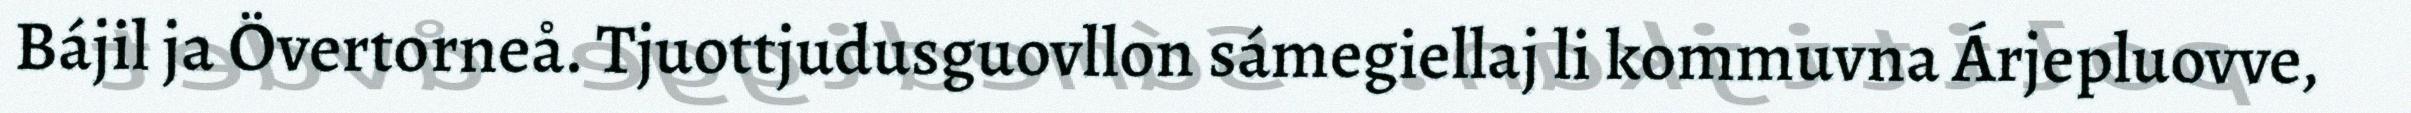
Bájil ja Övertorneå. Tjuottjudusguovllon sámegiellaj li kommuvna Árjepluovve,